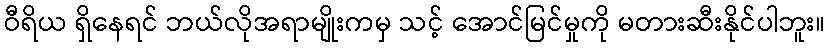
ဝီရိယ ရှိနေရင် ဘယ်လိုအရာမျိုးကမှ သင့် အောင်မြင်မှုကို မတားဆီးနိုင်ပါဘူး။